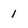
Character: 1